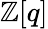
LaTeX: \mathbb{Z}[q]